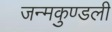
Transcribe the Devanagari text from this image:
जन्‍मकुण्‍डली